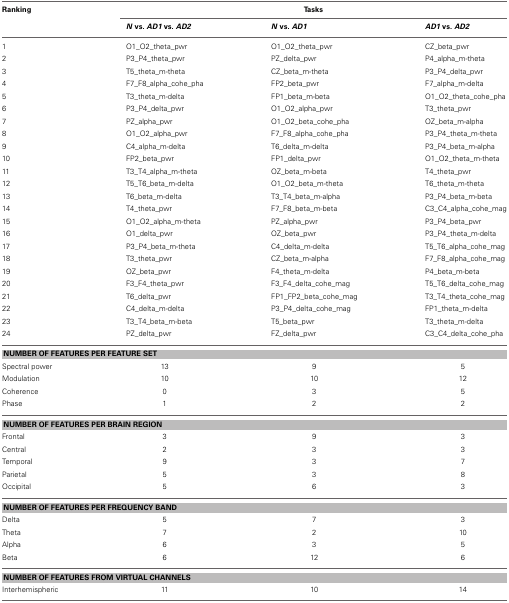
<table><thead><tr><td><b>Ranking</b></td><td colspan="3"><b>Tasks</b></td></tr><tr><td></td><td><b><i>N</i> vs. <i>AD1</i> vs. <i>AD2</i></b></td><td><b><i>N</i> vs. <i>AD1</i></b></td><td><b><i>AD1</i> vs. <i>AD2</i></b></td></tr></thead><tbody><tr><td>1</td><td>O1_O2_theta_pwr</td><td>O1_O2_theta_pwr</td><td>CZ_beta_pwr</td></tr><tr><td>2</td><td>P3_P4_theta_pwr</td><td>PZ_delta_pwr</td><td>P4_alpha_m-theta</td></tr><tr><td>3</td><td>T5_theta_m-theta</td><td>CZ_beta_m-theta</td><td>P3_P4_delta_pwr</td></tr><tr><td>4</td><td>F7_F8_alpha_cohe_pha</td><td>FP2_beta_pwr</td><td>F7_alpha_m-delta</td></tr><tr><td>5</td><td>T3_theta_m-delta</td><td>FP1_beta_m-beta</td><td>O1_O2_theta_cohe_pha</td></tr><tr><td>6</td><td>P3_P4_delta_pwr</td><td>O1_O2_alpha_pwr</td><td>T3_theta_pwr</td></tr><tr><td>7</td><td>PZ_alpha_pwr</td><td>O1_O2_beta_cohe_pha</td><td>OZ_beta_m-alpha</td></tr><tr><td>8</td><td>O1_O2_alpha_pwr</td><td>F7_F8_alpha_cohe_pha</td><td>P3_P4_theta_m-theta</td></tr><tr><td>9</td><td>C4_alpha_m-delta</td><td>T6_delta_m-delta</td><td>P3_P4_beta_m-alpha</td></tr><tr><td>10</td><td>FP2_beta_pwr</td><td>FP1_delta_pwr</td><td>O1_O2_theta_m-theta</td></tr><tr><td>11</td><td>T3_T4_alpha_m-theta</td><td>OZ_beta_m-beta</td><td>T4_theta_pwr</td></tr><tr><td>12</td><td>T5_T6_beta_m-delta</td><td>O1_O2_beta_m-theta</td><td>T6_theta_m-theta</td></tr><tr><td>13</td><td>T6_beta_m-delta</td><td>T3_T4_beta_m-alpha</td><td>P3_P4_beta_m-beta</td></tr><tr><td>14</td><td>T4_theta_pwr</td><td>F7_F8_beta_m-beta</td><td>C3_C4_alpha_cohe_mag</td></tr><tr><td>15</td><td>O1_O2_alpha_m-theta</td><td>PZ_alpha_pwr</td><td>P3_P4_beta_pwr</td></tr><tr><td>16</td><td>O1_delta_pwr</td><td>OZ_beta_pwr</td><td>P3_P4_theta_m-delta</td></tr><tr><td>17</td><td>P3_P4_beta_m-theta</td><td>C4_delta_m-delta</td><td>T5_T6_alpha_cohe_mag</td></tr><tr><td>18</td><td>T3_theta_pwr</td><td>CZ_beta_m-alpha</td><td>F7_F8_alpha_cohe_mag</td></tr><tr><td>19</td><td>OZ_beta_pwr</td><td>F4_theta_m-delta</td><td>P4_beta_m-beta</td></tr><tr><td>20</td><td>F3_F4_theta_pwr</td><td>F3_F4_delta_cohe_mag</td><td>T5_T6_delta_cohe_mag</td></tr><tr><td>21</td><td>T6_delta_pwr</td><td>FP1_FP2_beta_cohe_mag</td><td>T3_T4_theta_cohe_mag</td></tr><tr><td>22</td><td>C4_delta_m-delta</td><td>P3_P4_delta_cohe_mag</td><td>FP1_theta_m-delta</td></tr><tr><td>23</td><td>T3_T4_beta_m-beta</td><td>T5_beta_pwr</td><td>T3_theta_m-delta</td></tr><tr><td>24</td><td>PZ_delta_pwr</td><td>FZ_delta_pwr</td><td>C3_C4_delta_cohe_pha</td></tr><tr><td colspan="4"><b>NUMBER OF FEATURES PER FEATURE SET</b></td></tr><tr><td>Spectral power</td><td>13</td><td>9</td><td>5</td></tr><tr><td>Modulation</td><td>10</td><td>10</td><td>12</td></tr><tr><td>Coherence</td><td>0</td><td>3</td><td>5</td></tr><tr><td>Phase</td><td>1</td><td>2</td><td>2</td></tr><tr><td colspan="4"><b>NUMBER OF FEATURES PER BRAIN REGION</b></td></tr><tr><td>Frontal</td><td>3</td><td>9</td><td>3</td></tr><tr><td>Central</td><td>2</td><td>3</td><td>3</td></tr><tr><td>Temporal</td><td>9</td><td>3</td><td>7</td></tr><tr><td>Parietal</td><td>5</td><td>3</td><td>8</td></tr><tr><td>Occipital</td><td>5</td><td>6</td><td>3</td></tr><tr><td colspan="4"><b>NUMBER OF FEATURES PER FREQUENCY BAND</b></td></tr><tr><td>Delta</td><td>5</td><td>7</td><td>3</td></tr><tr><td>Theta</td><td>7</td><td>2</td><td>10</td></tr><tr><td>Alpha</td><td>6</td><td>3</td><td>5</td></tr><tr><td>Beta</td><td>6</td><td>12</td><td>6</td></tr><tr><td colspan="4"><b>NUMBER OF FEATURES FROM VIRTUAL CHANNELS</b></td></tr><tr><td>Interhemispheric</td><td>11</td><td>10</td><td>14</td></tr></tbody></table>